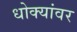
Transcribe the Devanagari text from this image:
धोक्यांवर